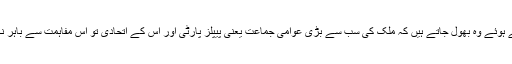
مگر یہ کہتے ہوئے وہ بھول جاتے ہیں کہ ملک کی سب سے بڑی عوامی جماعت یعنی پیپلز پارٹی اور اس کے اتحادی تو اس مفاہمت سے باہر نکل گئے ہیں۔